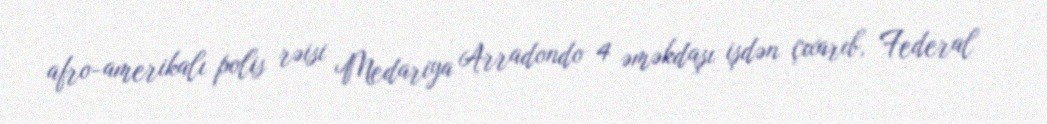
afro-amerikalı polis rəisi Medariya Arradondo 4 əməkdaşı işdən çıxarıb, Federal